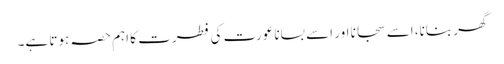
گھر بنانا، اسے سجانا اور اسے بسانا عورت کی فطرت کا اہم حصہ ہوتا ہے۔